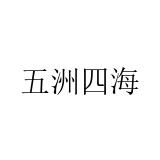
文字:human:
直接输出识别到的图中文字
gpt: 五洲四海